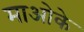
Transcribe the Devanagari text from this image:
माओके